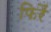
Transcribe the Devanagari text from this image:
फिरैं